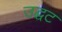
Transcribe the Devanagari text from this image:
उद्घट